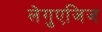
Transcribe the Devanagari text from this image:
लेगुएजिज